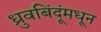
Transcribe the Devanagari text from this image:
ध्रुवबिंदूंमधून